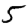
Digit: 5